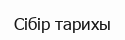
Сібір тарихы